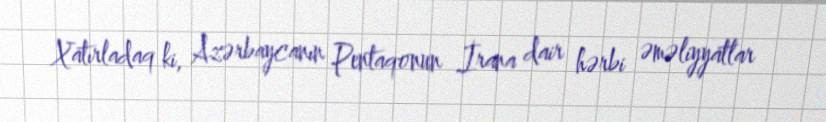
Xatırladaq ki, Azərbaycanın Pentaqonun İrana dair hərbi əməliyyatlar